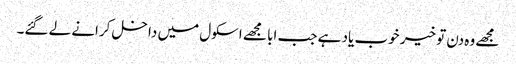
مجھے وہ دن تو خیر خوب یاد ہے جب ابا مجھے اسکول میں داخل کرانے لے گئے۔